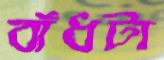
বাঁধটা